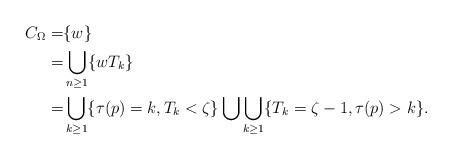
LaTeX: \begin{align*}C_{\Omega}=&\{w\}\\=&\bigcup\limits_{n\geq 1}\{wT_k\}\\=&\bigcup\limits_{k\geq 1}\{\tau(p)=k,T_k<\zeta\}\bigcup\bigcup\limits_{k\geq1}\{T_k=\zeta-1,\tau(p)>k\}.\end{align*}